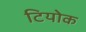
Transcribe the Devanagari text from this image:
टियोक